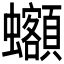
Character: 𰳦